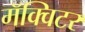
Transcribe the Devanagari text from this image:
मॅक्विटर